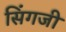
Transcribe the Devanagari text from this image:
सिंगजी